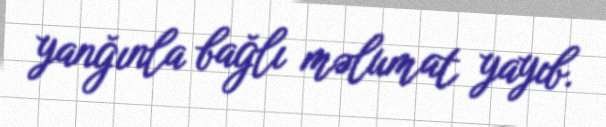
yanğınla bağlı məlumat yayıb.